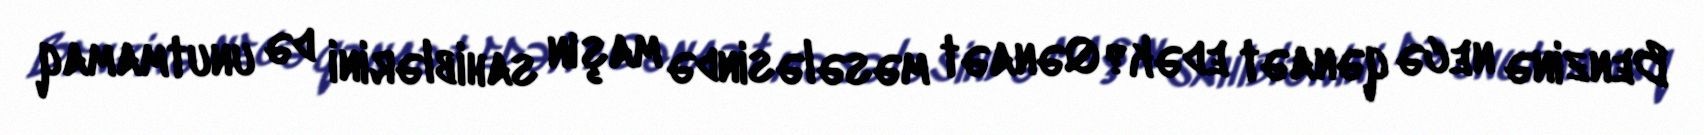
Benzinə necə qənaət edək?Qənaət məsələsində maşın sahiblərini də unutmamaq